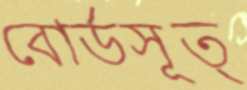
বোর্ডসূত্